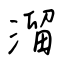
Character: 溜